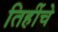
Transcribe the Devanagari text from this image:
तिहींचे